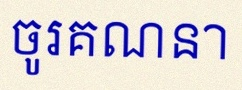
ចូរគណនា